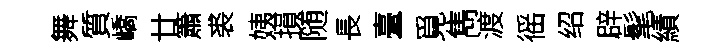
舞質嶠廿簫裘姨損随長臺覓雋渡徭绍辟髦績